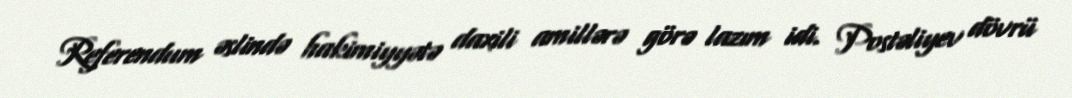
Referendum əslində hakimiyyətə daxili amillərə görə lazım idi. Postəliyev dövrü